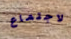
لاجتماع